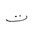
Letter: _ta